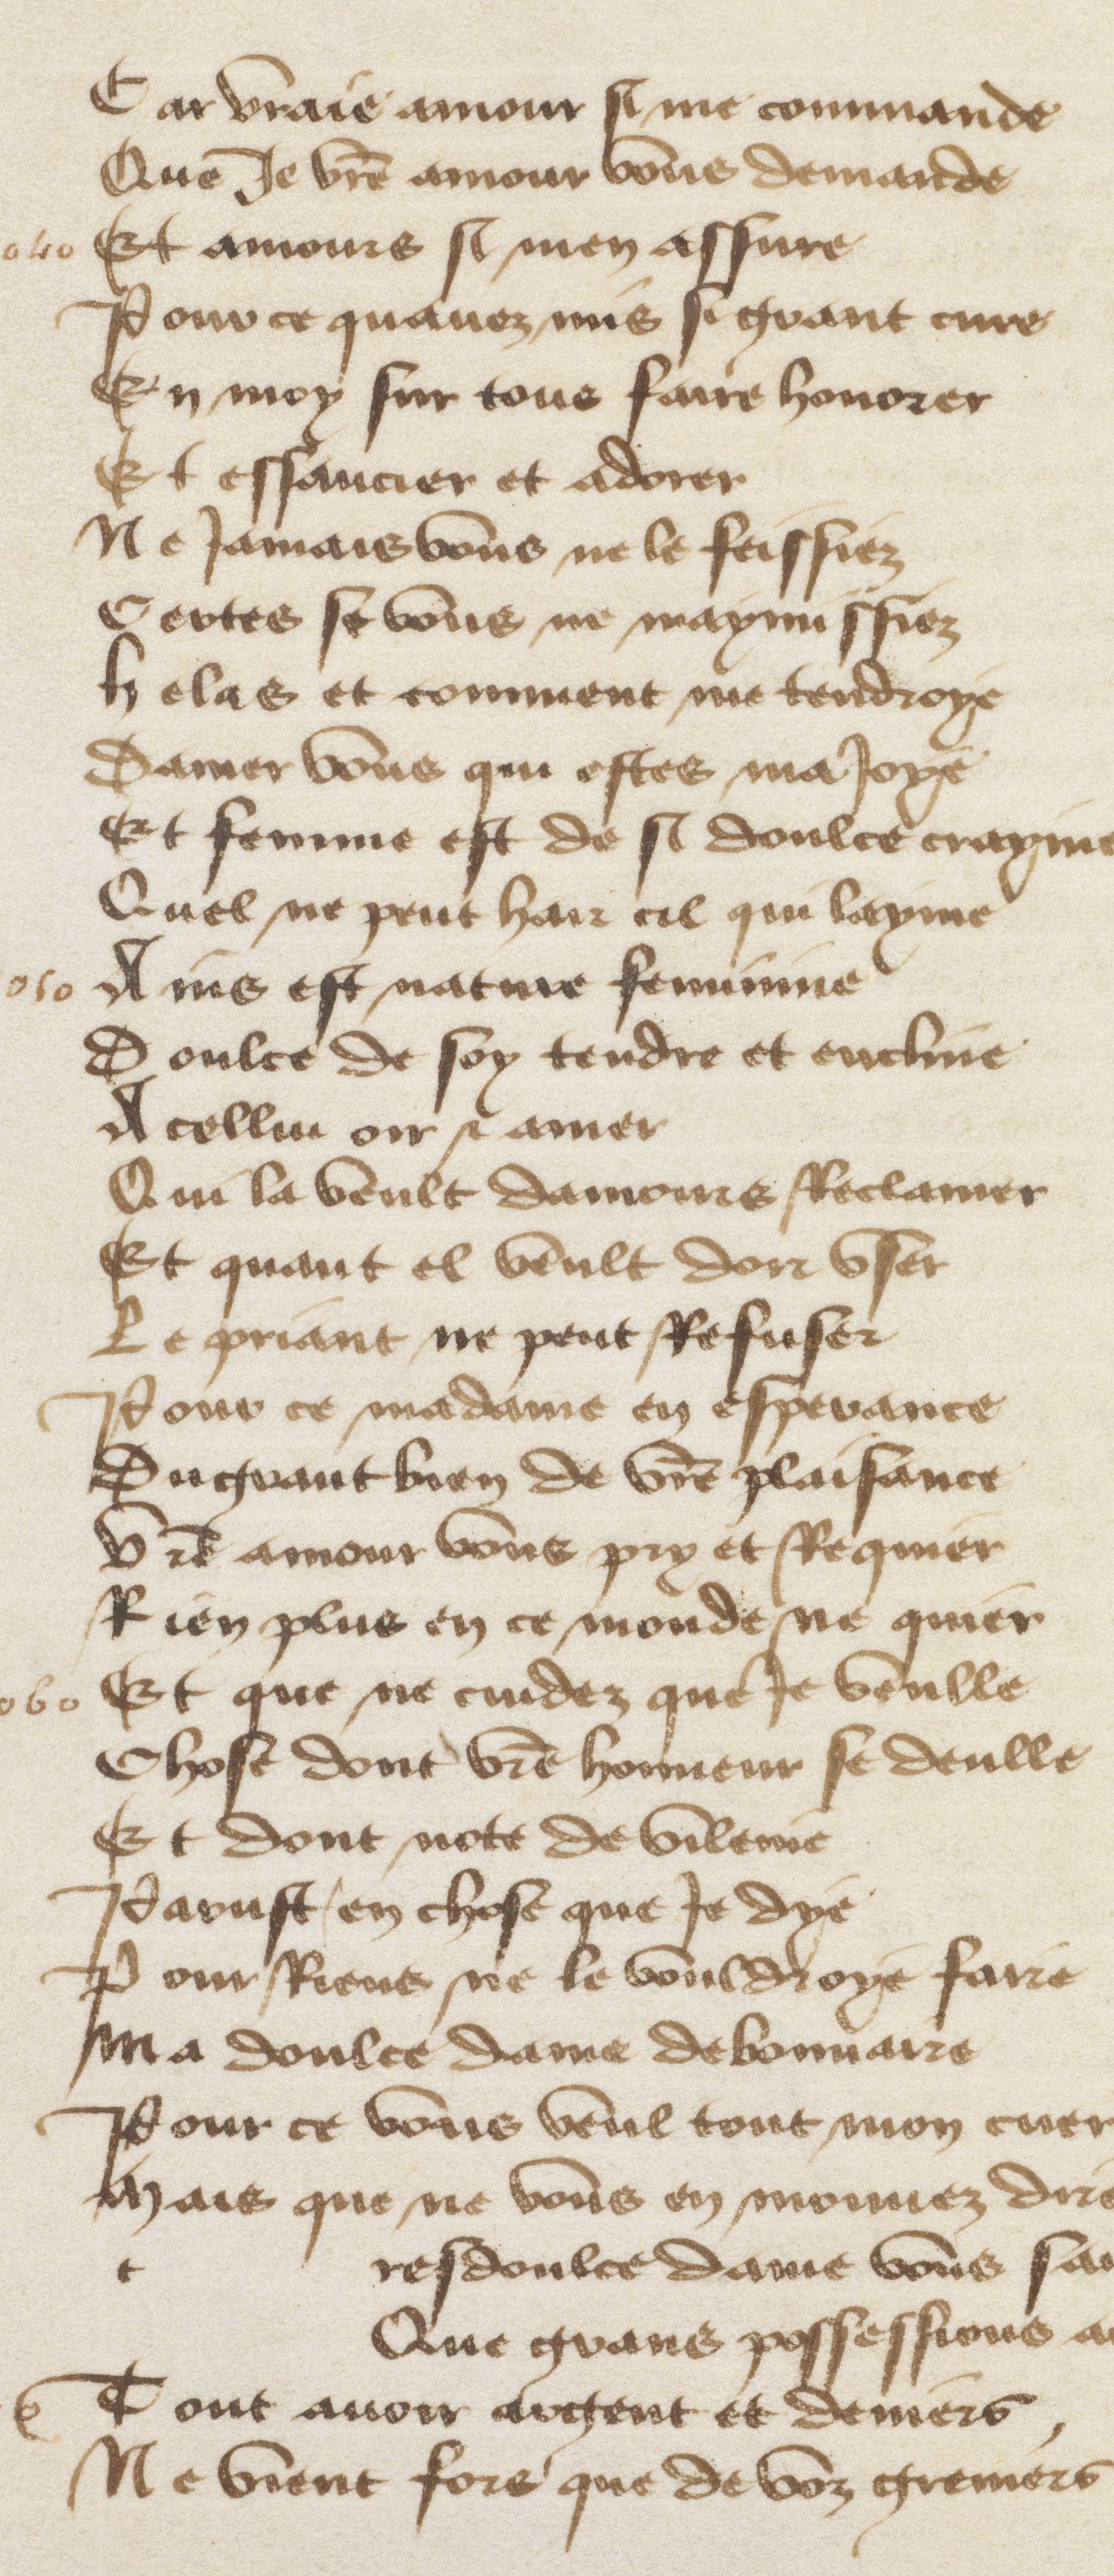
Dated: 1400–1499